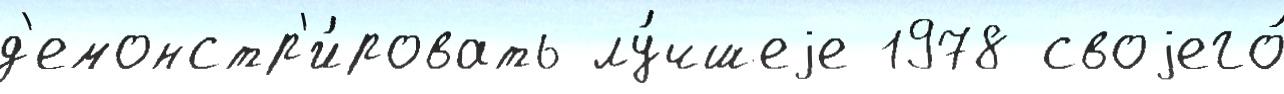
д'емонстр'и́ровать лу́чшеjе 1978 своjего́